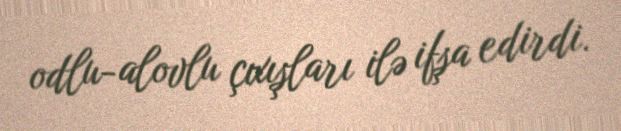
odlu-alovlu çıxışları ilə ifşa edirdi.